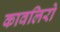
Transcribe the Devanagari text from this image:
कावलिरो